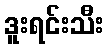
ဒူးရင်းသီး